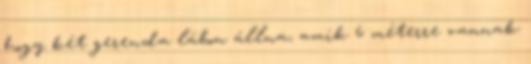
hogy két gerenda lábon állna, amik 6 méterre vannak